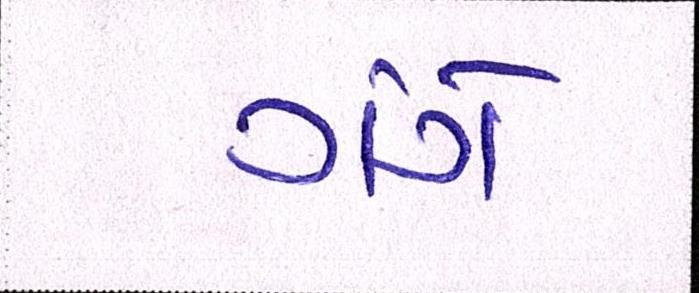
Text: ગંગે